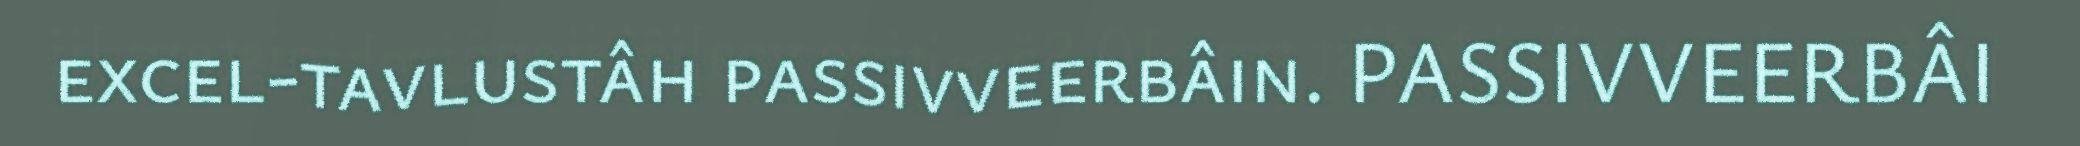
excel-tavlustâh passivveerbâin. PASSIVVEERBÂI